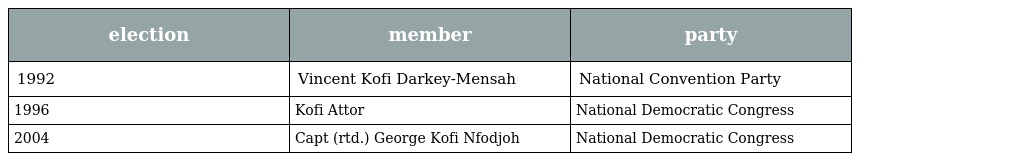
| election | member | party |
 | --- | --- | --- |
 | 1992 | Vincent Kofi Darkey-Mensah | National Convention Party |
 | 1996 | Kofi Attor | National Democratic Congress |
 | 2004 | Capt (rtd.) George Kofi Nfodjoh | National Democratic Congress |